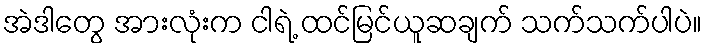
အဲဒါတွေ အားလုံးက ငါရဲ့ ထင်မြင်ယူဆချက် သက်သက်ပါပဲ။